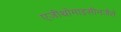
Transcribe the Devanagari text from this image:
एज़ीथ्रोमाइसीनजैसे